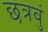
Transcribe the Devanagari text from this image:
छत्रवुं